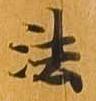
法